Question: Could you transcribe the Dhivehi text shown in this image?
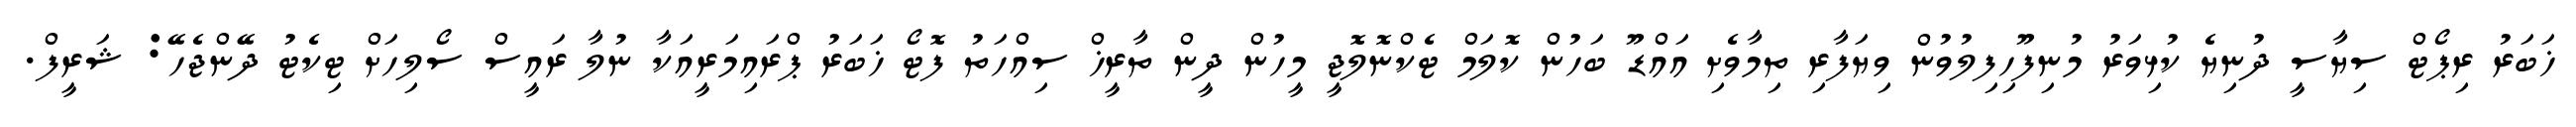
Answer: ޚަބަރު ރިޕޯޓް ސިޔާސީ ދުނިޔެ ކުޅިވަރު މުނިފޫހިފިލުވުން ވިޔަފާރި ތިމާވެށި އައްޑޫ ބަހުން ކޮލަމް ޓެކްނޮލޮޖީ މީހުން ދީން ތާރީޚް ސިއްހަތު ފޮޓޯ ޚަބަރު ޕްރައިމަރީއަކާ ނުލާ ރައީސް ސޯލިހަށް ޓިކެޓު ދޭންޖެހޭ: ޝަރީފް.